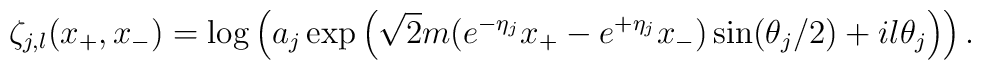
\zeta_{j,l}(x_{+},x_{-})=\log\left(a_{j}\exp\left(\sqrt{2}m(e\sp{-\eta_{j}}x_{+}-e\sp{+\eta_{j}}x_{-})\sin(\theta_{j}/2)+il\theta_{j}\right) \right).